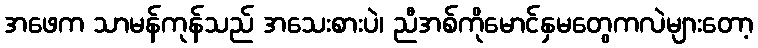
အဖေက သာမန်ကုန်သည် အသေးစားပဲ၊ ညီအစ်ကိုမောင်နှမတွေကလဲများတော့